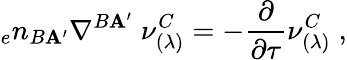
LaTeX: {_{e}n_{B\mathbf{A}^{\prime}}}\nabla^{B\mathbf{A}^{\prime}}\; \nu_{(\lambda)}^{C}=-{\frac{{\partial}}{{\partial\tau}}}\nu_{(\lambda)}^{C}\; ,